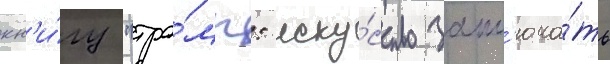
кн'и́гу "тра́мп: иску́сство закл'юча́ть